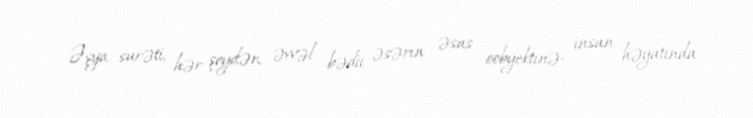
Əşya surəti, hər şeydən əvvəl bədii əsərin əsas oobyektinə- insan həyatında